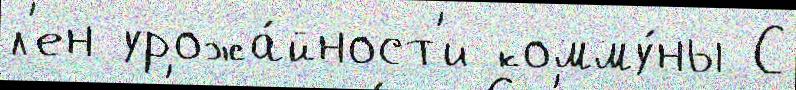
л'ен урожа́йност'и комму́ны С